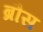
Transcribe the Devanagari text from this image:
ब्रौस